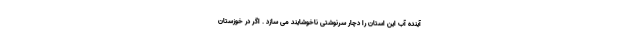
آینده آب این استان را دچار سرنوشتی ناخوشایند می سازد . اگر در خوزستان